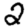
Digit: 2